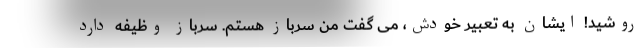
روشید! ایشان به تعبیر خودش، می گفت من سرباز هستم. سرباز وظیفه دارد